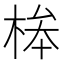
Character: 桳